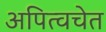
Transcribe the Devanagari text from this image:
अपित्वचेत